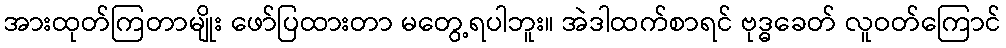
အားထုတ်ကြတာမျိုး ဖော်ပြထားတာ မတွေ့ရပါဘူး။ အဲဒါထက်စာရင် ဗုဒ္ဓခေတ် လူဝတ်ကြောင်